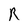
Character: R